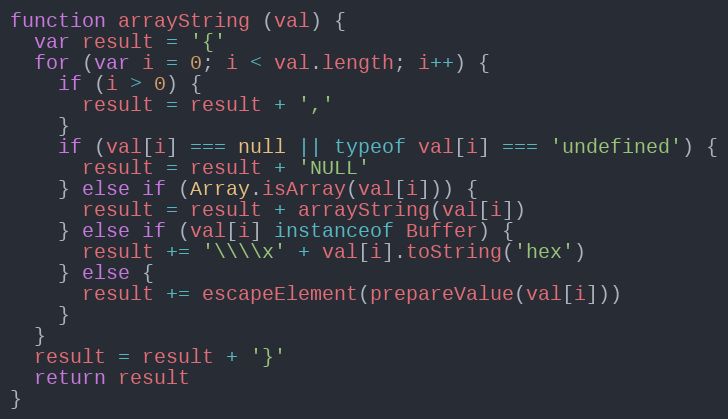
Language: JavaScript
function arrayString (val) {
  var result = '{'
  for (var i = 0; i < val.length; i++) {
    if (i > 0) {
      result = result + ','
    }
    if (val[i] === null || typeof val[i] === 'undefined') {
      result = result + 'NULL'
    } else if (Array.isArray(val[i])) {
      result = result + arrayString(val[i])
    } else if (val[i] instanceof Buffer) {
      result += '\\\\x' + val[i].toString('hex')
    } else {
      result += escapeElement(prepareValue(val[i]))
    }
  }
  result = result + '}'
  return result
}